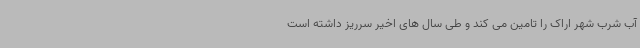
آب شرب شهر اراک را تامین می کند و طی سال های اخیر سرریز داشته است